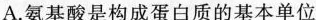
A.氨基酸是构成蛋白质的基本单位